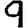
Digit: 9